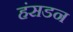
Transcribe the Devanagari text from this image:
हंसडन